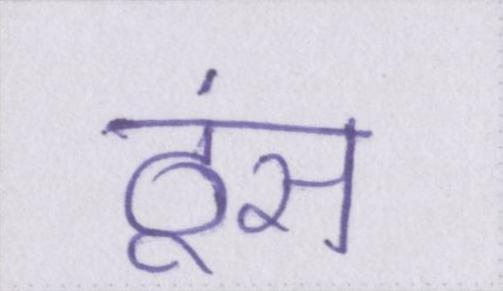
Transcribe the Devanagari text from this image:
ठूंस